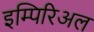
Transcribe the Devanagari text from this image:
इम्पिरिअल